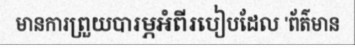
មានការព្រួយបារម្ភអំពីរបៀបដែល 'ព័ត៌មាន